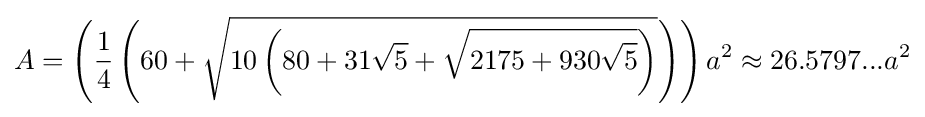
A=\left({\frac {1}{4}}\left(60+{\sqrt {10\left(80+31{\sqrt {5}}+{\sqrt {2175+930{\sqrt {5}}}}\right)}}\right)\right)a^{2}\approx 26.5797...a^{2}